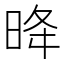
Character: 𪰠